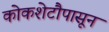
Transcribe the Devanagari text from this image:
कोकशेटौपासून